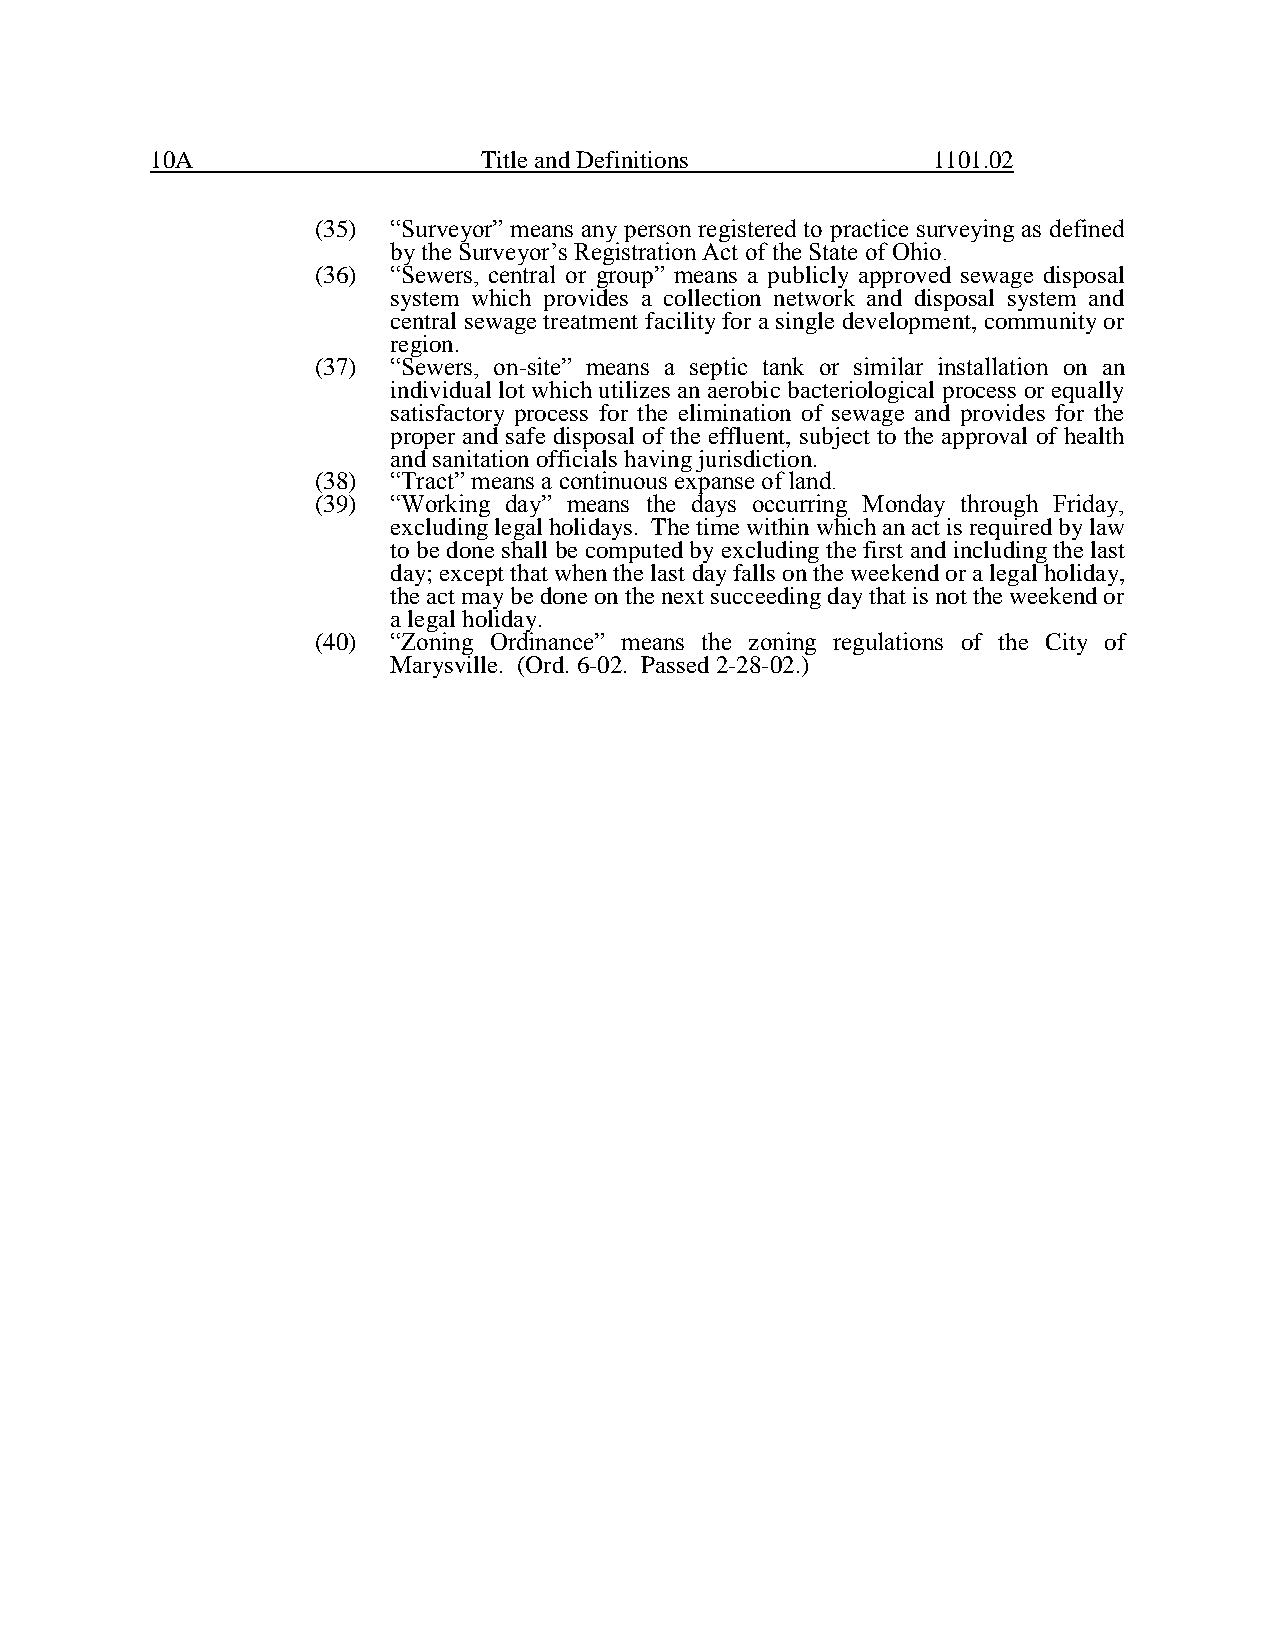
10A                   Title and Definitions         1101.02
 (35) “Surveyor” means any person registered to practice surveying as defined
 by the Surveyor’s Registration Act of the State of Ohio.
 (36) “Sewers, central or group” means a publicly approved sewage disposal
 system which provides a collection network and disposal system and
 central sewage treatment facility for a single development, community or
 region.
 (37) “Sewers, on-site” means a septic tank or similar installation on an
 individual lot which utilizes an aerobic bacteriological process or equally
 satisfactory process for the elimination of sewage and provides for the
 proper and safe disposal of the effluent, subject to the approval of health
 and sanitation officials having jurisdiction.
 (38) “Tract” means a continuous expanse of land.
 (39) “Working day” means the days occurring Monday through Friday,
 excluding legal holidays. The time within which an act is required by law
 to be done shall be computed by excluding the first and including the last
 day; except that when the last day falls on the weekend or a legal holiday,
 the act may be done on the next succeeding day that is not the weekend or
 a legal holiday.
 (40) “Zoning Ordinance” means the zoning regulations of the City of
 Marysville. (Ord. 6-02. Passed 2-28-02.)